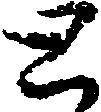
と